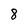
Character: 8